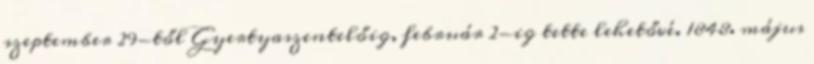
szeptember 29-től Gyertyaszentelőig, február 2-ig tette lehetővé. 1848. május